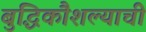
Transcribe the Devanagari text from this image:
बुद्धिकौशल्याची